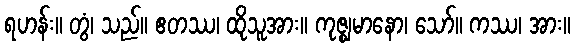
ရဟန်း။ တွံ၊ သည်။ ဧတဿ၊ ထိုသူအား။ ကုဇ္ဈမာနော၊ သော်။ ကဿ၊ အား။